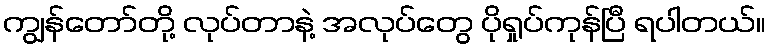
ကျွန်တော်တို့ လုပ်တာနဲ့ အလုပ်တွေ ပိုရှုပ်ကုန်ပြီ ရပါတယ်။